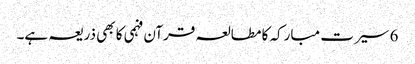
6 سیرت مبارکہ کا مطالعہ قرآن فہمی کا بھی ذریعہ ہے۔